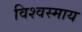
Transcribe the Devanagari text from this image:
विश्वस्माय